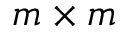
m \times m